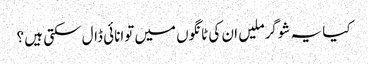
کیا یہ شوگرملیں ان کی ٹانگوں میں توانائی ڈال سکتی ہیں ؟